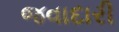
જવાદારી